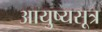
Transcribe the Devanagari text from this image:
आयुष्यसूत्र